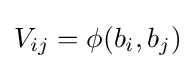
V_{ij}=\phi (b_{i},b_{j})